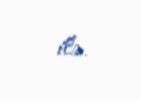
ilə.